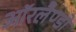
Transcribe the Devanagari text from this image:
ऑरलैण्डो